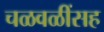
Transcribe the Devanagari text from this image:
चळवळींसह